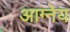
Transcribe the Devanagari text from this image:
आग्‍नेय